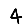
Digit: 4